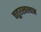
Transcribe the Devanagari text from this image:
चतुरस्त्रस्थान